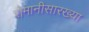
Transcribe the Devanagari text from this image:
रोमानीसारख्या